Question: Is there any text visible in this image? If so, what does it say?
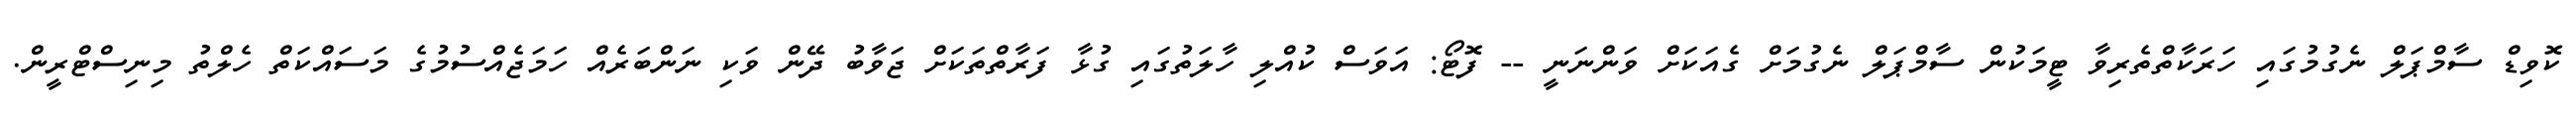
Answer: ކޮވިޑް ސާމްޕަލް ނެގުމުގައި ހަރަކާތްތެރިވާ ޓީމަކުން ސާމްޕަލް ނެގުމަށް ގެއަކަށް ވަންނަނީ -- ފޮޓޯ: އަވަސް ކުއްލި ހާލަތުގައި ގުޅާ ފަރާތްތަކަށް ޖަވާބު ދޭން ވަކި ނަންބަރެއް ހަމަޖެއްސުމުގެ މަސައްކަތް ހެލްތު މިނިސްޓްރީން.